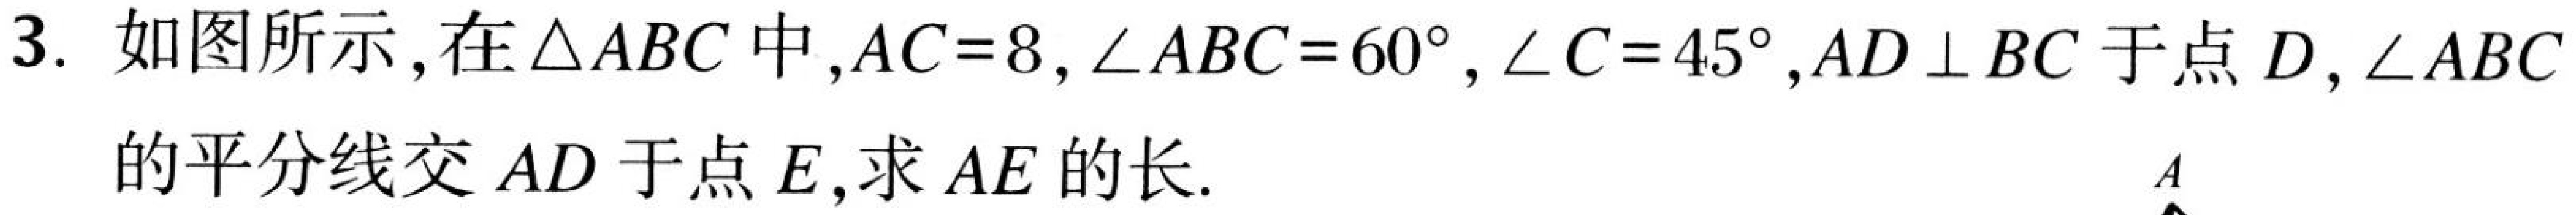
3. 如图所示,在$\triangle ABC$中,$AC = 8$,$\angle ABC = 60^{\circ}$,$\angle C = 45^{\circ}$,$AD\perp BC$于点$D$,$\angle ABC$的平分线交$AD$于点$E$,求$AE$的长.